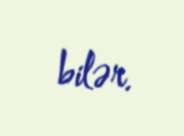
bilər.